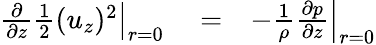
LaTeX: \begin{array}{rlr}{\left.{\frac{\partial}{\partial z}\frac{1}{2}(u_{z})^{2}}\right|_{r=0}}&{{}=}&{-\left.{\frac{1}{\rho}\frac{\partial p}{\partial z}}\right|_{r=0}}\end{array}